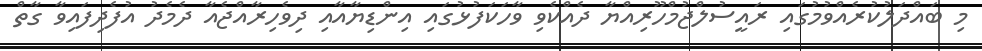
މި ބައްދަލުކުރެއްވުމުގައި ރައީސުލްޖުމްހޫރިއްޔާ ދެއްކެވި ވާހަކަފުޅުގައި އިންޑިޔާއާއި ދިވެހިރާއްޖެއާ ދެމެދު އުފެދިފައިވާ ގާތް